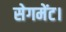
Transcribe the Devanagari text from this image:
सेगमेंट।